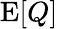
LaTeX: \mathrm{E}\! \left[Q\right]